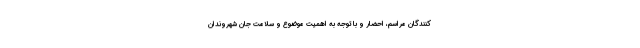
کنندگان مراسم، احضار و با توجه به اهمیت موضوع و سلامت جان شهروندان